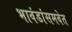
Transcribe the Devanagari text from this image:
भावंडांसमवेत